Report of the Municipal Commissioner on the plague in Bombay for the year ending 31st May... - Volume 3
Disease focus: Plague
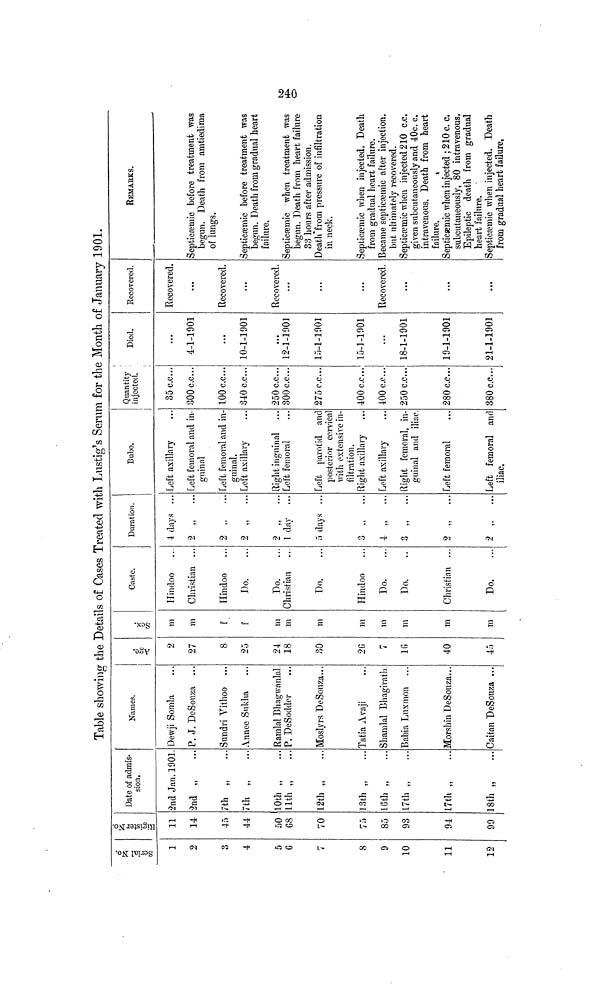
Table showing the Details of Cases Treated with Lustig's Serum for the Month of January 1901.
Serial No.
1
2
3
4
5
6
7
8
9
10
11
12
Rigister No.
11
14
45
44
50
68
70
75
85
93
94
99
Date of admis-
sion.
2nd Jan. 1901
2nd „
7th „
7th „
10th „
11th „
12th „
13th „
16th „
17th „
17th „
18th „
Names.
Dewji Somla
P. J. DeSouza ...
Sundri Vithoo ...
Annee Sukha
Ramlal Bhagwanlal
P. DeSodder
Moslyrs DeSouza...
Tatia Avaji
Shamlal Bhagirath
Babia Luxmon ...
Morshin DeSouza...
Caitan DeSouza ...
Age.
2
27
8
25
24
18
30
2G
7
16
40
45
Sex.
m
m
f
f
m
m
m
m
m
m
m
m
Caste.
Hindoo
Christian ...
Hindoo
Do.
Do.
Christian
Do.
Hindoo
Do.
Do.
Christian ...
Do.
Duration.
4 days ...
9
2
2 „
...
2
1 day ...
5 days ...
3
4 „
...
3
„
2 „
...
2
Bubo.
Left axillary
Left femoral and in-
guinal
Left femoral and in-
guinal.
Left axillary
Right inguinal
Left femoral
Left parotid and
posterior cervical
with extensive in-
filtration.
Right axillary
Left axillary
Right femoral, in-
guinal and iliac.
Left femoral
Left femoral and
iliac.
Quantity
injected.
35 c.c...
300 c.c...
100 c.c...
340 c.c...
250 c.c...
300 c.c...
275 c.c...
400 c.c...
400 c.c...
250 c.c..
280 c.c...
380 c.c...
Died.
...
4-1-1901
...
10-1-1901
...
12-1-1901
15-1-1901
15-3-1001
...
18-1-1901
19-1-1901
21-1-1901
Recovered.
Recovered.
...
Recovered.
...
Recovered.
...
...
...
Recovered.
...
...
.,,
REMARKS.
Septicaemic before treatment was
begun. Death from amtiedima
of lungs.
Septicaemic before treatment was
begun. Death from gradual heart
failure.
Septicaemic when treatment was
begun. Death from heart failure
33 hours after admission.
Death from pressure of infiltration
in neck.
Septicaemic when injected. Death
from gradual heart failure.
Became septicaemic after injection.
but ultimately recovered.
Septicaemic when injected 210 c.c.
given subcutaneously and 40c. c.
intravenous. Death from heart
failure.
Septicaemic when injected ; 210 c. c.
subcutaneously, 80 intravenous.
Epileptic death from gradual
heart failure.
Septicaemic when injected. Death
from gradual heart failure,
240